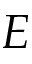
E